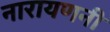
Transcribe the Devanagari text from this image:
नारायणनी